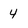
Character: 4